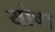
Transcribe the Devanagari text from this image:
योषा